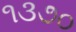
૧૩૭૦